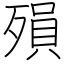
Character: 殞